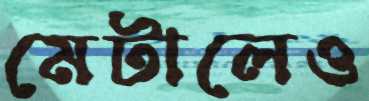
মেটালেও